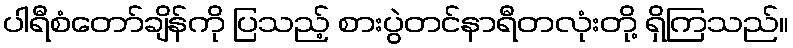
ပါရီစံတော်ချိန်ကို ပြသည့် စားပွဲတင်နာရီတလုံးတို့ ရှိကြသည်။